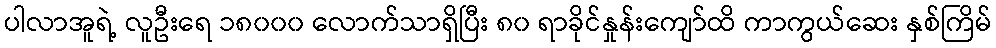
ပါလာအူရဲ့ လူဦးရေ ၁၈၀၀၀ လောက်သာရှိပြီး ၈၀ ရာခိုင်နှုန်းကျော်ထိ ကာကွယ်ဆေး နှစ်ကြိမ်